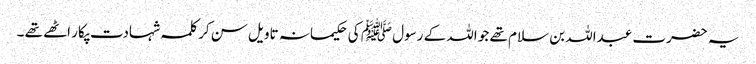
یہ حضرت عبداللہ بن سلام تھے جو اللہ کے رسول ﷺ کی حکیمانہ تاویل سن کر کلمہ شہادت پکار اٹھے تھے ۔